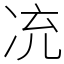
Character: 㓍